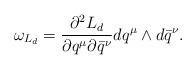
LaTeX: \begin{align*}\omega_{L_d} = \frac{\partial^2 L_d}{\partial q^\mu \partial \bar q^\nu} dq^\mu \wedge d\bar q^\nu. \end{align*}